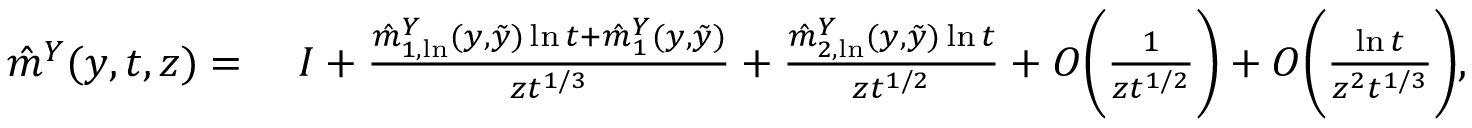
\begin{array} { r l } { \hat { m } ^ { Y } ( y , t , z ) = } & { \; I + \frac { \hat { m } _ { 1 , \ln } ^ { Y } ( y , \tilde { y } ) \ln t + \hat { m } _ { 1 } ^ { Y } ( y , \tilde { y } ) } { z t ^ { 1 / 3 } } + \frac { \hat { m } _ { 2 , \ln } ^ { Y } ( y , \tilde { y } ) \ln t } { z t ^ { 1 / 2 } } + O \bigg ( \frac { 1 } { z t ^ { 1 / 2 } } \bigg ) + O \bigg ( \frac { \ln t } { z ^ { 2 } t ^ { 1 / 3 } } \bigg ) , } \end{array}